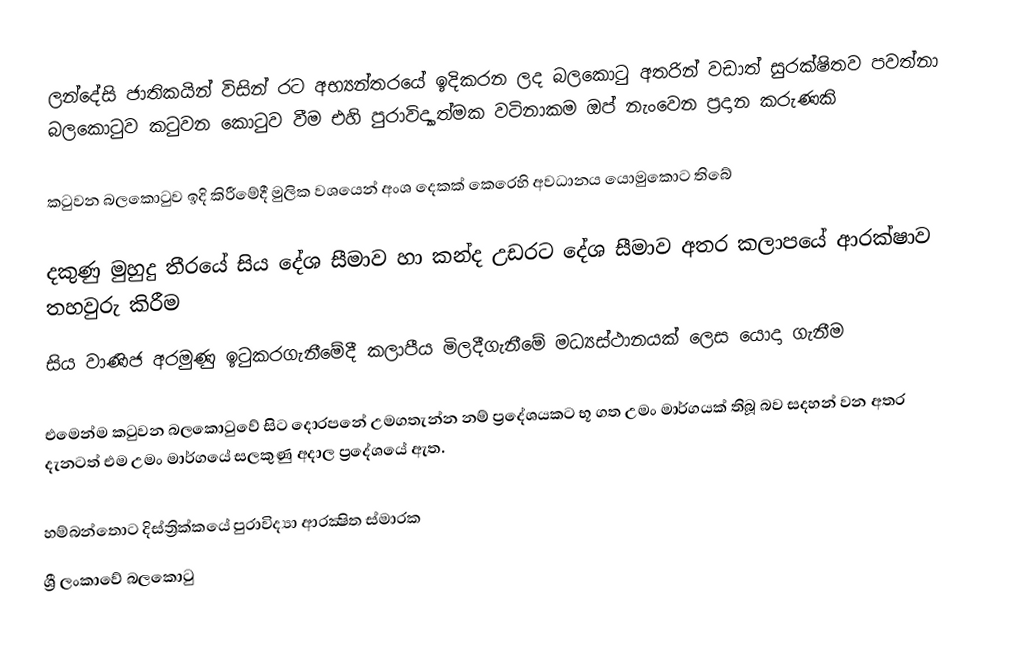
ලන්දේසි ජාතිකයින් විසින් රට අභ්‍යන්තරයේ ඉදිකරන ලද බලකොටු අතරින් වඩාත් සුරක්ෂිතව පවත්නා බලකොටුව කටුවන කොටුව වීම එහි පුරාවිද්‍යාත්මක වටිනාකම ඔප් නැංවෙන ප්‍රදාන කරුණකි

කටුවන බලකොටුව ඉදි කිරීමේදී මුලික වශයෙන් අංශ දෙකක් කෙරෙහි අවධානය යොමුකොට තිබේ

දකුණු මුහුදු තීරයේ සිය දේශ සීමාව හා කන්ද උඩරට දේශ සීමාව අතර කලාපයේ ආරක්ෂාව තහවුරු කිරීම
සිය වාණිජ අරමුණු ඉටුකරගැනීමේදී කලාපීය මිලදීගැනීමේ මධ්‍යස්ථානයක් ලෙස යොදා ගැනීම

එමෙන්ම කටුවන බලකොටුවේ සිට දොරපනේ උමගතැන්න නම් ප්‍රදේශයකට භූ ගත උමං මාර්ගයක් තිබූ බව සදහන් වන අතර දැනටත් එම උමං මාර්ගයේ සලකුණු අදාල ප්‍රදේශයේ ඇත.

හම්බන්තොට දිස්ත්‍රික්කයේ පුරාවිද්‍යා ආරක්‍ෂිත ස්මාරක
ශ්‍රී ලංකාවේ බලකොටු